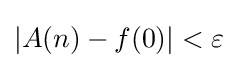
|A(n)-f(0)|<\varepsilon